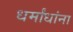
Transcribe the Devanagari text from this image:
धर्मांधांना